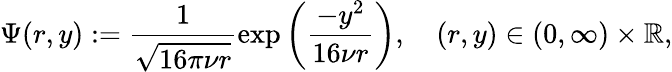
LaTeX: \Psi(r,y):=\frac{1}{\sqrt{16\pi\nu r}}\exp\left(\frac{-y^{2}}{16\nu r}\right),\quad(r,y)\in(0,\infty)\times\mathbb{R},